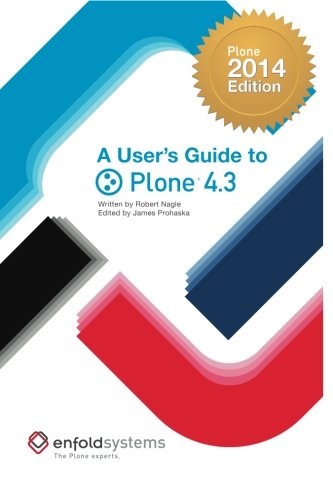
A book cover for A User's Guide to Plone 4.3: 2014 Edition; Robert J. Nagle; Computers & Technology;